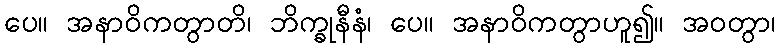
ပေ။ အနာဝိကတွာတိ၊ ဘိက္ခုနီနံ၊ ပေ။ အနာဝိကတွာဟူ၍။ အဝတွာ၊